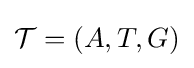
{\mathcal {T}}=(A,T,G)